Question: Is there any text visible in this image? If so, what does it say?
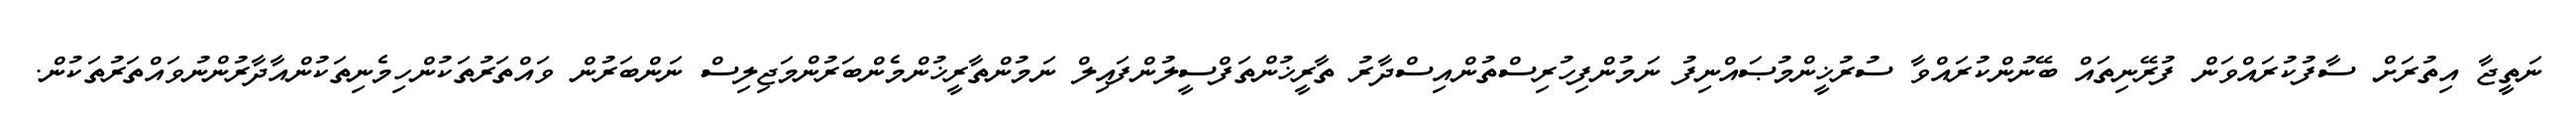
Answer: ނަތީޖާ އިތުރަށް ސާފުކުރައްވަން ފުރޭނިތައް ބޭނުންކުރައްވާ ސުރުޚީންމުޞައްނިފު ނަމުންފިހުރިސްތުންއިސްދާރު ތާރީޚުންތަފްސީލުންފައިލް ނަމުންތާރީޚުންމެންބަރުންމަޖިލިސް ނަންބަރުން ވައްތަރުތަކުންހިމެނިތަކުންއާދާރުންނުވައްތަރުތަކުން.